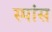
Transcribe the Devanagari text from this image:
स्पांस